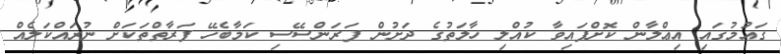
ގައުމުގައި އިޢްލާން ކޮށްފައިވާ ކުއްލި ހާލަތުގެ ދަށުން ފަރަންސޭސި ކަމާބެހޭ ފަރާތްތަކަށް ނުރައްކަލެއް